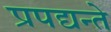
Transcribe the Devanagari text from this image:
प्रपद्यन्ते